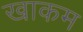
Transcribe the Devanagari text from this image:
खाकम